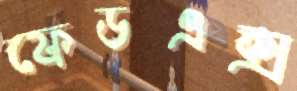
ফেডএক্স